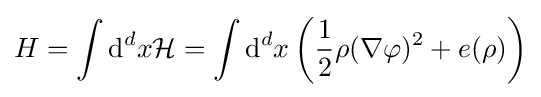
H=\int \mathrm {d} ^{d}x{\mathcal {H}}=\int \mathrm {d} ^{d}x\left({\frac {1}{2}}\rho (\nabla \varphi )^{2}+e(\rho )\right)